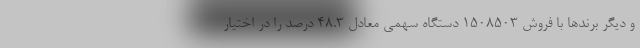
و دیگر برندها با فروش 1508503 دستگاه سهمی معادل 48.3 درصد را در اختیار